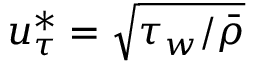
u _ { \tau } ^ { * } = \sqrt { \tau _ { w } / \bar { \rho } }